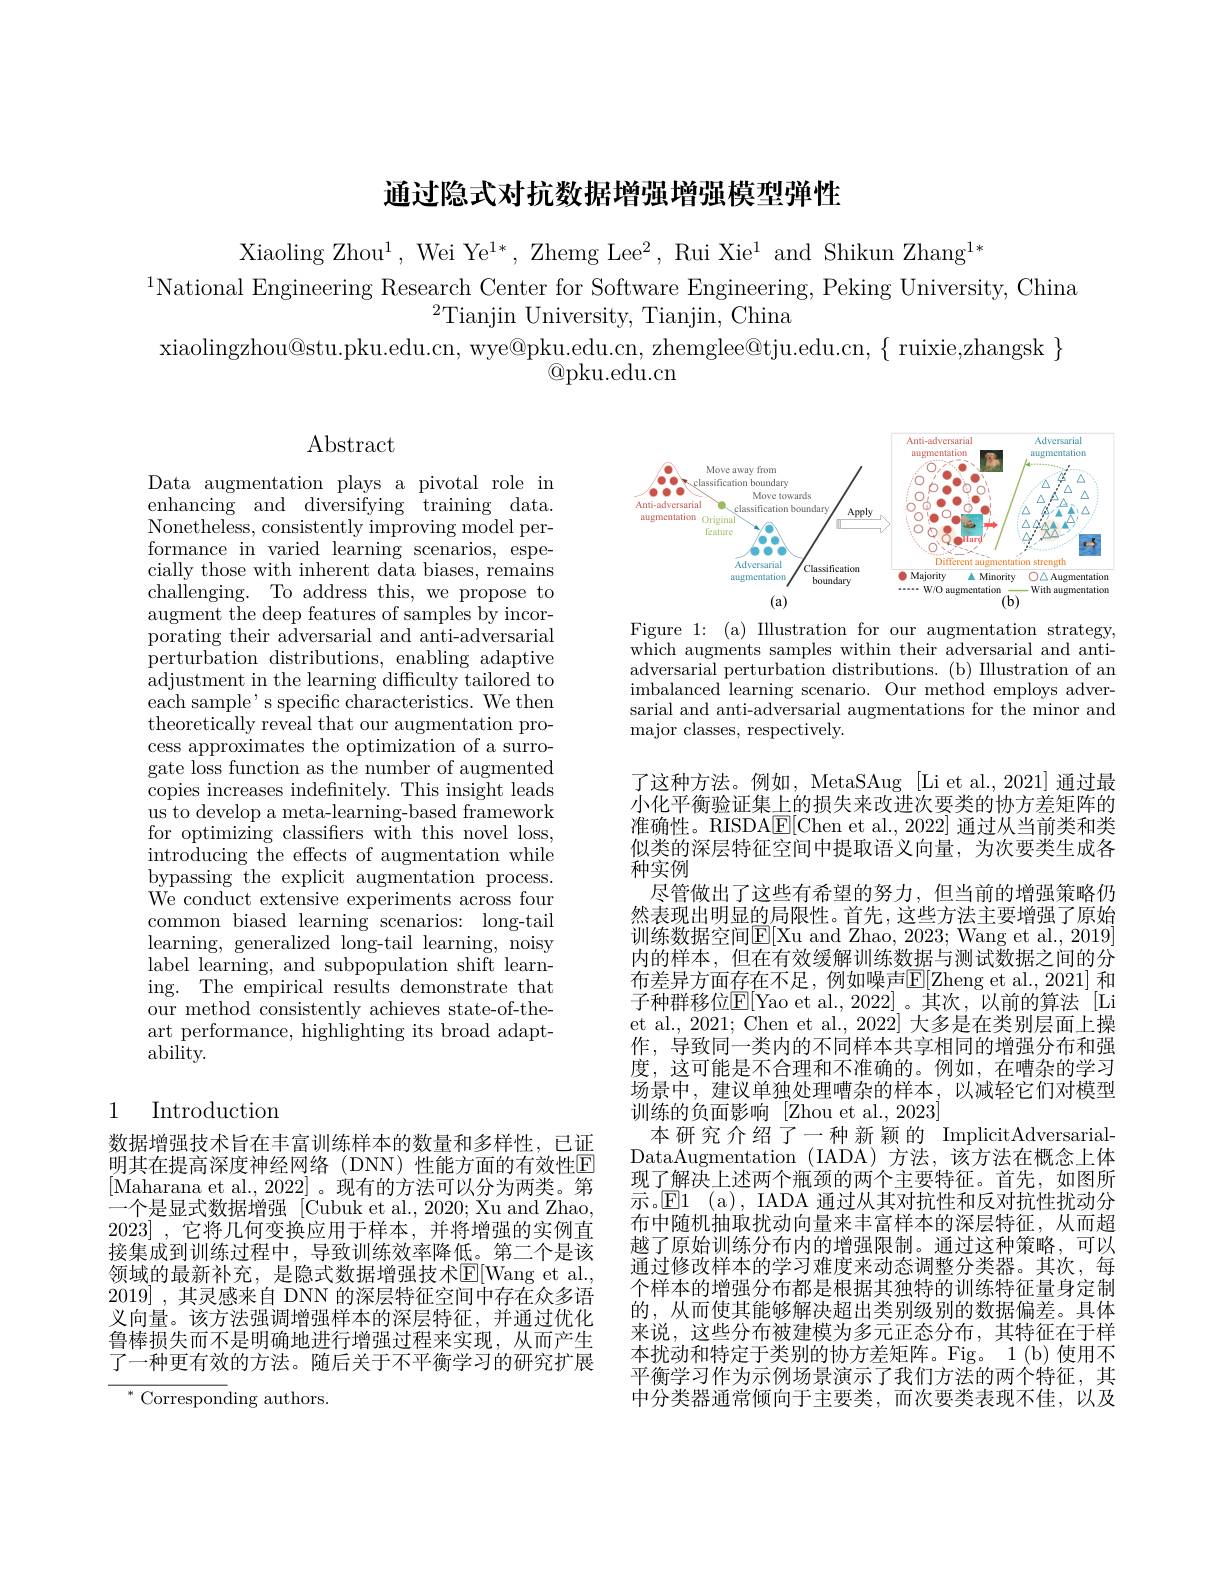
通过隐式对抗数据增强增强模型弹性

Xiaoling Zhou$^1$,Wei Ye$^1*$,Zhemg Lee$^2$, Rui Xie$^1$ and Shikun Zhang$^1*$
$^{1}$National Engineering Research Center for Software Engineering, Peking University, China
$^{2}$Tianjin University, Tianjin, China
xiaolingzhou@stu.pku.edu.cn, wye@pku.edu.cn, zhemglee@tju.edu.cn, $\{$ ruixie,zhangsk $\}$
$\textcircled{\mathrm{Qpku.edu.cn}}$

$\operatorname{Abstract}$

<FigureHere>

Figure 1: (a) Illustration for our augmentation strategy, which augments samples within their adversarial and antiadversarial perturbation distributions. (b) Illustration of an imbalanced learning scenario. Our method employs adversarial and anti-adversarial augmentations for the minor and major classes, respectively.

Data augmentation plays a pivotal role in enhancing and diversifying training data. $\mathop{\mathrm{Nonetheless,~consistently~improving~model~per-}}$ formance in varied learning scenarios, especially those with inherent data biases, remains challenging. To address this, we propose to augment the deep features of samples by incorporating their adversarial and anti-adversarial perturbation distributions, enabling adaptive adjustment in the learning difficulty tailored to $\bar{\text{each sample's specific characteristics. We then}}$ $\overset{\text{theoretically reveal that our augmentation pro-}}$ cess approximates the optimization of a surrogate loss function as the number of augmented copies increases indefinitely. This insight leads us to develop a meta-learning-based framework for optimizing classifers with this novel loss, introducing the effects of augmentation while bypassing the explicit augmentation process. ${\mathrm{We~conduct~extensive~experiments~across~four}}$ common biased learning scenarios: long-tail learning, generalized long-tail learning, noisy label learning, and subpopulation shift learning. The empirical results demonstrate that our method consistently achieves state-of-theart performance, highlighting its broad adapt- $ability.$

了这种方法。例如，MetaSAug [Li et al., 2021] 通过最小化平衡验证集上的损失来改进次要类的协方差矩阵的准确性。RISDA$\underline{\mathrm{E}}[$Chen et al., 2022] 通过从当前类和类似类的深层特征空间中提取语义向量，为次要类生成各种实例
尽管做出了这些有希望的努力，但当前的增强策略仍然表现出明显的局限性。首先，这些方法主要增强了原始训练数据空间$\mathbb{E}[$Xu and Zhao, 2023; Wang et al., 2019] 内的样本，但在有效缓解训练数据与测试数据之间的分布差异方面存在不足，例如噪声E[ Zheng et al. , 2021] 和子种群移位$\mathbb{E}[$Yao et al.,2022]。其次，以前的算法[Li et al. 2021; Chen et al., 2022] 大多是在类别层面上操作，导致同一类内的不同样本共享相同的增强分布和强度，这可能是不合理和不准确的。例如，在嘈杂的学习场景中，建议单独处理嘈杂的样本，以减轻它们对模型训练的负面影响 [Zhou et al., 2023]
本研究介绍了一种 新颖的 ImplicitAdversarialDataAugmentation (IADA)方法，该方法在概念上体现了解决上述两个瓶颈的两个主要特征。首先，如图所示。$\mathbb{E}$1 (a), IADA 通过从其对抗性和反对抗性扰动分布中随机抽取扰动向量来丰富样本的深层特征，从而超越了原始训练分布内的增强限制。通过这种策略，可以通过修改样本的学习难度来动态调整分类器。其次，每个样本的增强分布都是根据其独特的训练特征量身定制的，从而使其能够解决超出类别级别的数据偏差。具体来说，这些分布被建模为多元正态分布，其特征在于样本扰动和特定于类别的协方差矩阵。Fig。1(b)使用不平衡学习作为示例场景演示了我们方法的两个特征，其中分类器通常倾向于主要类，而次要类表现不佳，以及

## 1 Introduction

数据增强技术旨在丰富训练样本的数量和多样性，已证明其在提高深度神经网络(DNN)性能方面的有效性$\mathbb{E}$ [Maharana et al., 2022]。现有的方法可以分为两类。第一个是显式数据增强 [Cubuk et al., 2020; Xu and Zhao, 2023] , 它将几何变换应用于样本，并将增强的实例直接集成到训练过程中，导致训练效率降低。第二个是该领域的最新补充，是隐式数据增强技术$\mathbb{E}[$Wang et al., 2019],其灵感来自 DNN 的深层特征空间中存在众多语义向量。该方法强调增强样本的深层特征，并通过优化鲁棒损失而不是明确地进行增强过程来实现，从而产生了一种更有效的方法。随后关于不平衡学习的研究扩展$^{*}$ Corresponding authors.